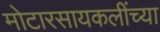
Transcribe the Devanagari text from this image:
मोटारसायकलींच्या